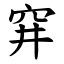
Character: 穽